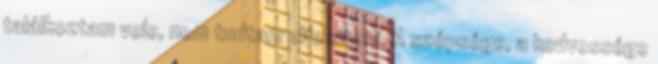
találkoztam vele, nem tudtam elfelejteni. A szépsége, a kedvessége